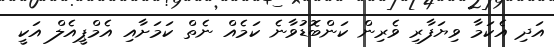
އަދި އެކަމާ ވިޔަފާރި ވެރިން ކަންބޮޑުވާނެ ކަމެއް ނެތް ކަމަށާއި އެމްޕީއެލް އަކީ